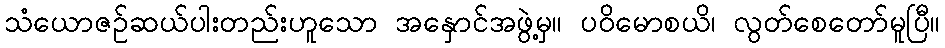
သံယောဇဉ်ဆယ်ပါးတည်းဟူသော အနှောင်အဖွဲ့မှ။ ပဝိမောစယိ၊ လွတ်စေတော်မူပြီ။